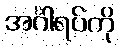
အင်္ဂါရပ်ကို